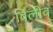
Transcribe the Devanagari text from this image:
विलीव